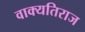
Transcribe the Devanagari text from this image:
वाक्यतिराज